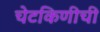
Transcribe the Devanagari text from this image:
चेटकिणीची